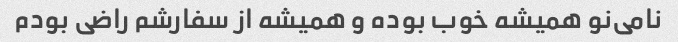
نامی‌نو همیشه خوب بوده و همیشه از سفارشم راضی بودم